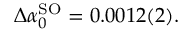
\begin{array} { r } { \Delta \alpha _ { 0 } ^ { \mathrm { S O } } = 0 . 0 0 1 2 ( 2 ) . } \end{array}